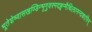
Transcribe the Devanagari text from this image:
भूतेशेष्वासखण्डिन्भृगुवरमदहृन्मैथिलानन्दकारिन्